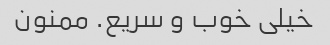
خیلی خوب و سریع. ممنون